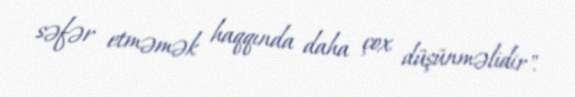
səfər etməmək haqqında daha çox düşünməlidir".